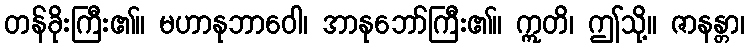
တန်ခိုးကြီး၏။ မဟာနုဘာဝေါ၊ အာနုဘော်ကြီး၏။ ဣတိ၊ ဤသို့။ ဇာနန္တာ၊